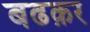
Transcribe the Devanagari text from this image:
बढक़र